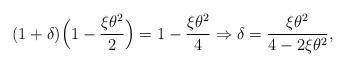
LaTeX: \begin{align*}(1+\delta) \Big(1-\frac{\xi\theta^2}{2}\Big) = 1 -\frac{\xi\theta^2}{4}\Rightarrow\delta = \frac{\xi \theta^2}{4 - 2 \xi \theta^2},\end{align*}